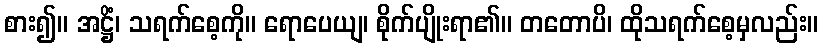
စား၍။ အဋ္ဌိံ၊ သရက်စေ့ကို။ ရောပေယျ၊ စိုက်ပျိုးရာ၏။ တတောပိ၊ ထိုသရက်စေ့မှလည်း။